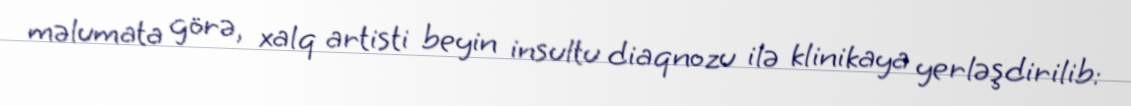
məlumata görə, xalq artisti beyin insultu diaqnozu ilə klinikaya yerləşdirilib: